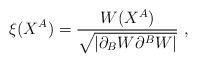
LaTeX: \begin{align*}\xi(X^A) = \frac{W(X^A)}{\sqrt{|\partial_BW\partial^BW|}} ~,\end{align*}